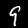
Label: 9